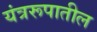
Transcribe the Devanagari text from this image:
यंत्ररूपातील